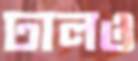
ঢালও